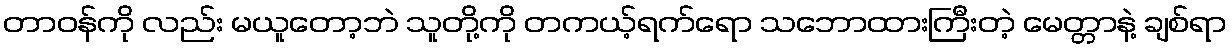
တာဝန်ကို လည်း မယူတော့ဘဲ သူတို့ကို တကယ့်ရက်ရော သဘောထားကြီးတဲ့ မေတ္တာနဲ့ ချစ်ရာ